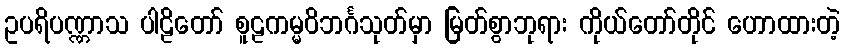
ဥပရိပဏ္ဏာသ ပါဠိတော် စူဠကမ္မဝိဘင်္ဂသုတ်မှာ မြတ်စွာဘုရား ကိုယ်တော်တိုင် ဟောထားတဲ့